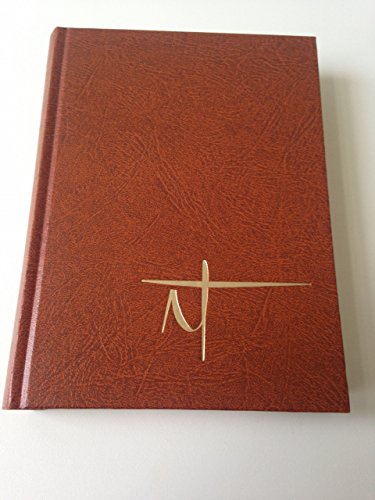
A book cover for Pascal Romanian New Testament - Catholic Version / Noul Testament - Tradus si Adnotat / It Contains Introductions for Every Book, Critical Notes, Annotations and Maps; Emil Pascal; Travel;